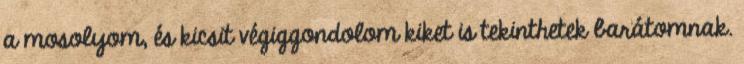
a mosolyom, és kicsit végiggondolom kiket is tekinthetek barátomnak.